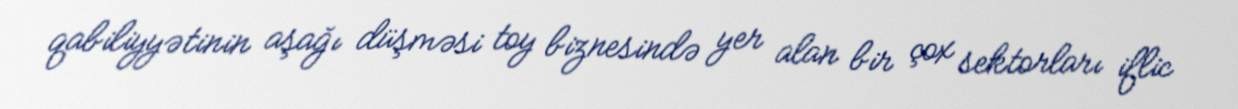
qabiliyyətinin aşağı düşməsi toy biznesində yer alan bir çox sektorları iflic